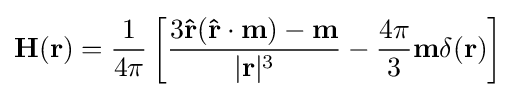
\mathbf {H} (\mathbf {r} )={\frac {1}{4\pi }}\left[{\frac {3\mathbf {\hat {r}} (\mathbf {\hat {r}} \cdot \mathbf {m} )-\mathbf {m} }{|\mathbf {r} |^{3}}}-{\frac {4\pi }{3}}\mathbf {m} \delta (\mathbf {r} )\right]